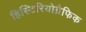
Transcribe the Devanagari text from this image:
हिस्टिरियोग्रैफिक